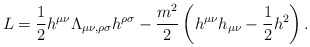
\begin{align*}L = \frac{1}{2}h^{\mu\nu}\Lambda_{\mu\nu ,\rho\sigma}h^{\rho\sigma} - \frac{m^{2}}{2}\left( h^{\mu\nu}h_{\mu\nu} - \frac{1}{2}h^{2}\right) .\end{align*}